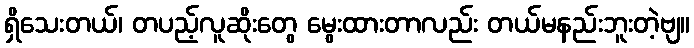
ရှိသေးတယ်၊ တပည့်လူဆိုးတွေ မွေးထားတာလည်း တယ်မနည်းဘူးတဲ့ဗျ။